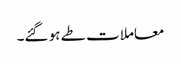
معاملات طے ہو گئے۔